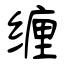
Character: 缠